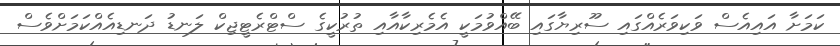
ކަމަށާ އައިއެސް ވަކިވަރެއްގައި ސޫރިޔާގައި ބޭއްވުމަކީ އެމެރިކާއާއި ތުރުކީގެ ސްޓްރެޓީޖިކް ލަނޑު ދަނޑިއެއްކަމަށްވެސް